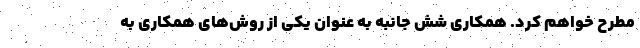
مطرح خواهم کرد. همکاری شش جانبه به عنوان یکی از روش‌های همکاری به